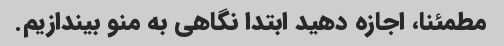
مطمئنا، اجازه دهید ابتدا نگاهی به منو بیندازیم.